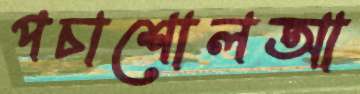
পচাশোলআ